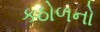
કઠોળનો